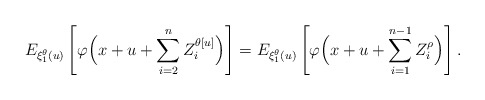
\begin{align*}E_{\xi_1^\theta(u)}\left[\varphi\Bigl(x+u+\sum_{i=2}^{n} Z_i^{\theta[u]}\Bigr)\right]=E_{\xi_1^\theta(u)}\left[\varphi\Bigl(x+u+\sum_{i=1}^{n-1} Z_i^{\rho}\Bigr)\right].\end{align*}